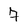
Character: 7